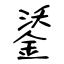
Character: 鋈